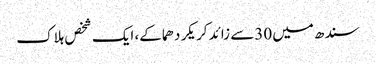
سندھ میں 30سے زائد کریکر دھماکے، ایک شخص ہلاک